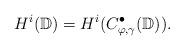
LaTeX: \begin{align*}H^i(\mathbb D)=H^i(C^{\bullet}_{\varphi,\gamma}(\mathbb D)).\end{align*}